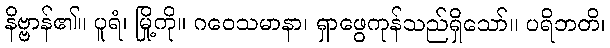
နိဗ္ဗာန်၏။ ပူရံ၊ မြို့ကို။ ဂဝေသမာနာ၊ ရှာဖွေကုန်သည်ရှိသော်။ ပရိဘတိ၊